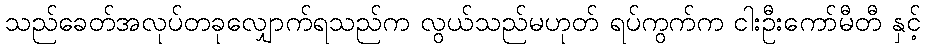
သည်ခေတ်အလုပ်တခုလျှောက်ရသည်က လွယ်သည်မဟုတ် ရပ်ကွက်က ငါးဦးကော်မီတီ နှင့်